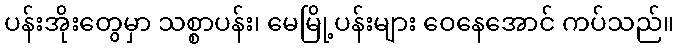
ပန်းအိုးတွေမှာ သစ္စာပန်း၊ မေမြို့ပန်းများ ဝေနေအောင် ကပ်သည်။